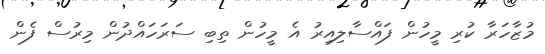
މުޒާހަރާ ކުރި މީހުން ފައްސާލިއިރު އެ މީހުން ތިބި ސަރަހައްދުން މިރުސް ފެން